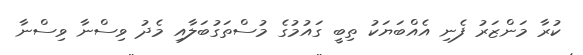
ކުރާ މަންޒަރު ފެނި އެއްބަޔަކު ތިބީ ގައުމުގެ މުސްތަގުބަލާއި މެދު ވިސްނާ ވިސްނާ